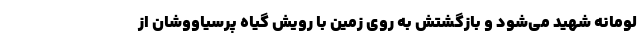
لومانه شهید می‌شود و بازگشتش به روی زمین با رویش گیاه پرسیاووشان از